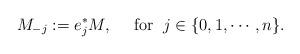
LaTeX: \begin{align*}M_{-j}:=e^\ast_{j}M,\quad\mbox{ for }\;j\in\{0,1,\cdots,n\}.\end{align*}